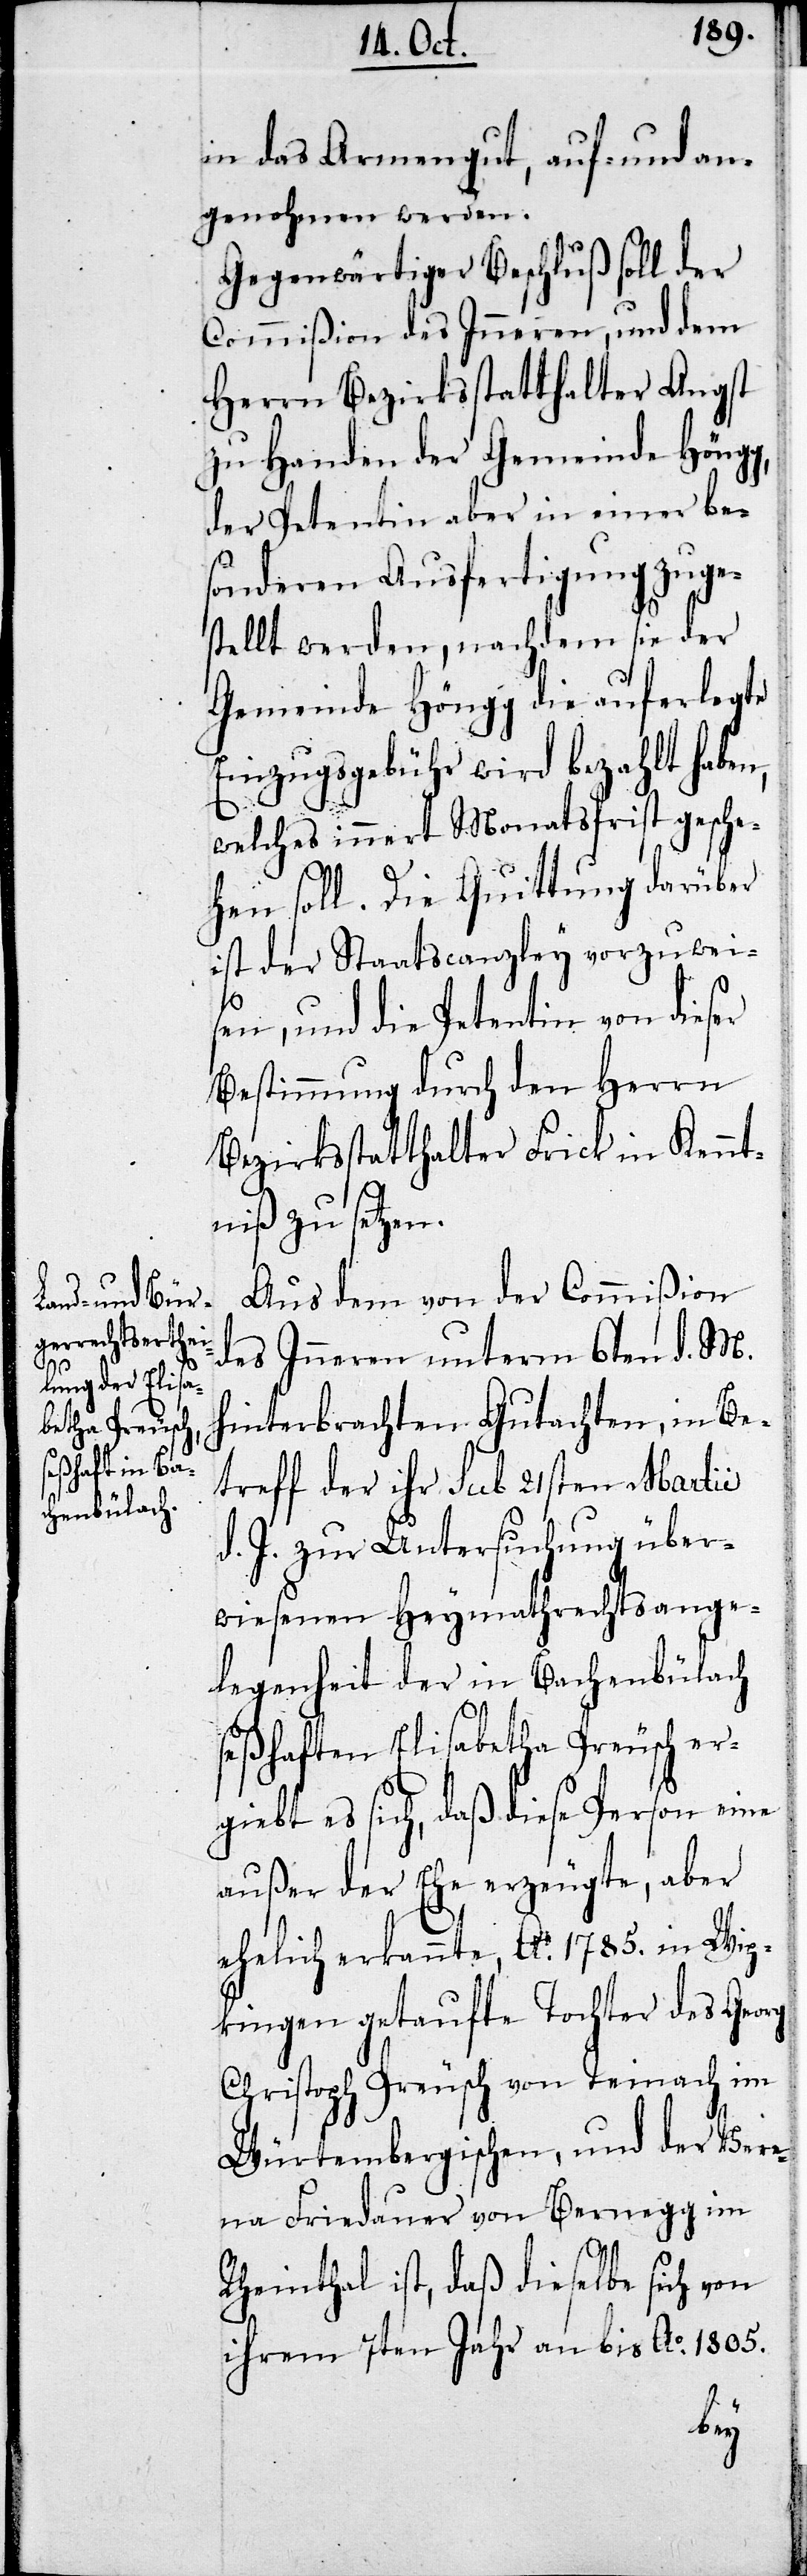
in das Armengut, auf- und an¬
genohmen werden.
Gegenwärtiger Beschluß soll der
Commißion des Inneren, und dem
Herrn Bezirksstatthalter Angst
zu Handen der Gemeinde Höngg,
der Petentin aber in einer be¬
sonderen Ausfertigung zuge¬
stellt werden, nachdem sie der
Gemeinde Höngg die auferlegte
Einzugsgebühr wird bezahlt haben,
welches innert Monatsfrist gesche¬
hen soll. Die Quittung darüber
ist der Staatscanzley vorzuweis¬
en, und die Petentin von dieser
Bestimmung durch den Herrn
Bezirksstatthalter Frick in Kennt¬
niß zu setzen.
Aus dem von der Commißion
des Inneren unterm 6ten d. M.
hinterbrachten Gutachten, in Be¬
treff der ihr sub 21sten Martii
d. J. zur Untersuchung über¬
wiesenen Heymathrechtsange¬
legenheit der in Bachenbülach
seßhaften Elisabetha Preusch er¬
giebt es sich, daß dieses Person eine
außer der Ehe erzeugte, aber
ehelich erkannte, Ao. 1785. in Wip¬
kingen getaufte Tochter des Georg
Christoph Preusch von Teinach im
Würtembergischen und der Vere¬
na Fridauer von Bernegg im
Rheinthal ist, daß dieselbe sich von
ihrem 7ten Jahre an bis Ao. 1805.